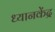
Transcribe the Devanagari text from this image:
ध्यानकेंद्र